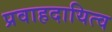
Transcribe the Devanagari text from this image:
प्रवाहदायित्व